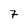
Character: 7